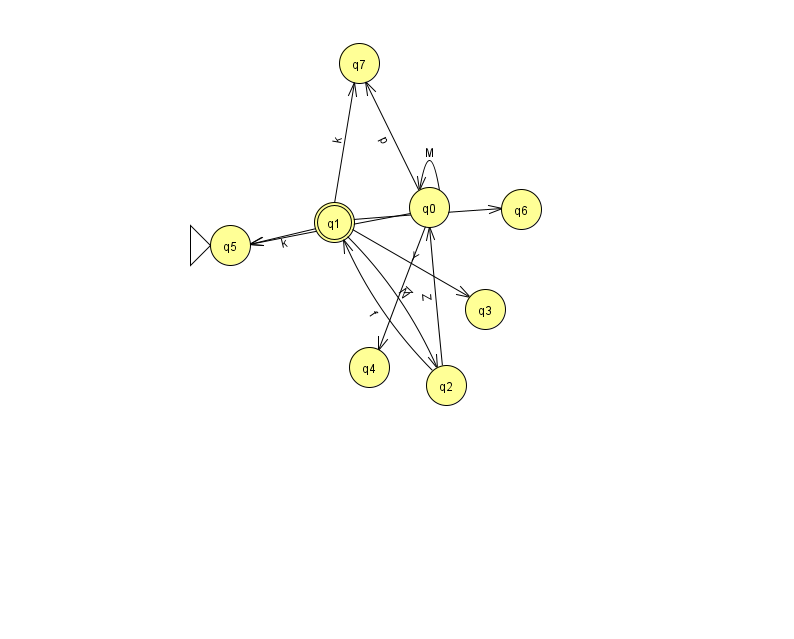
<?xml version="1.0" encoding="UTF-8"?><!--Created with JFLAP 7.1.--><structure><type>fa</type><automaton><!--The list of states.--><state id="0" name="q0"><x>429.0</x><y>194.0</y></state><state id="1" name="q1"><x>334.0</x><y>209.0</y><final/></state><state id="2" name="q2"><x>446.0</x><y>372.0</y></state><state id="3" name="q3"><x>485.0</x><y>296.0</y></state><state id="4" name="q4"><x>369.0</x><y>354.0</y></state><state id="5" name="q5"><x>230.0</x><y>232.0</y><initial/></state><state id="6" name="q6"><x>521.0</x><y>196.0</y></state><state id="7" name="q7"><x>359.0</x><y>50.0</y></state><!--The list of transitions.--><transition><from>1</from><to>7</to><read>k</read></transition><transition><from>1</from><to>3</to><read>Y</read></transition><transition><from>2</from><to>0</to><read>Z</read></transition><transition><from>2</from><to>1</to><read>f</read></transition><transition><from>1</from><to>5</to><read>k</read></transition><transition><from>0</from><to>7</to><read>p</read></transition><transition><from>0</from><to>5</to><read>h</read></transition><transition><from>0</from><to>4</to><read>V</read></transition><transition><from>1</from><to>2</to><read>N</read></transition><transition><from>0</from><to>0</to><read>M</read></transition><transition><from>1</from><to>6</to><read>F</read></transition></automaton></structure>